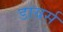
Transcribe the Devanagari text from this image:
डायर्स